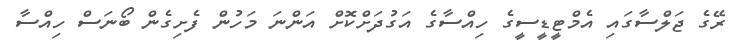
ރޭގެ ޖަލްސާގައި އެމްޓީޑީސީގެ ހިއްސާގެ އަގުދަށްކޮށް އަންނަ މަހުން ފެށިގެން ބޯނަސް ހިއްސާ